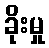
ခိုးမှု